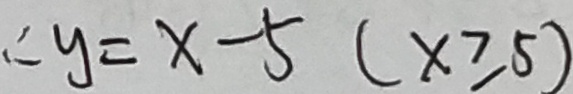
\therefore y = x - 5 ( x \geq 5 )